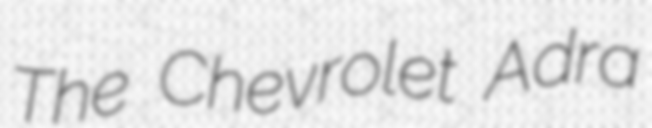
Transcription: The Chevrolet Adra